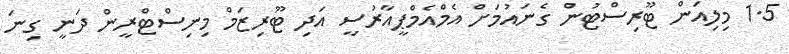
1.5 މިލިއަން ޓޫރިސްޓުން ގެނައުމަށް އެމްއެމްޕީއާރުސީ އަދި ޓޫރިޒަމް މިނިސްޓްރީން ދަނީ ގިނަ